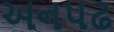
અનપઢ